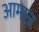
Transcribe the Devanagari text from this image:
आमान्न